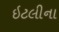
ઇટલીના